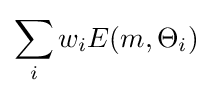
\sum \limits _{i}w_{i}E(m,\Theta _{i})